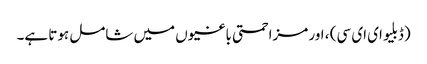
(ڈبلیو ای ای سی) ، اور مزاحمتی باغیوں میں شامل ہوتا ہے۔